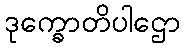
ဒုက္ခောတိပါဌော